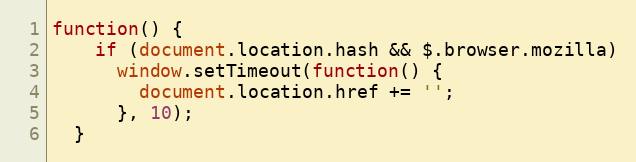
Language: JavaScript
function() {
    if (document.location.hash && $.browser.mozilla)
      window.setTimeout(function() {
        document.location.href += '';
      }, 10);
  }